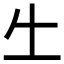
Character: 𠂒